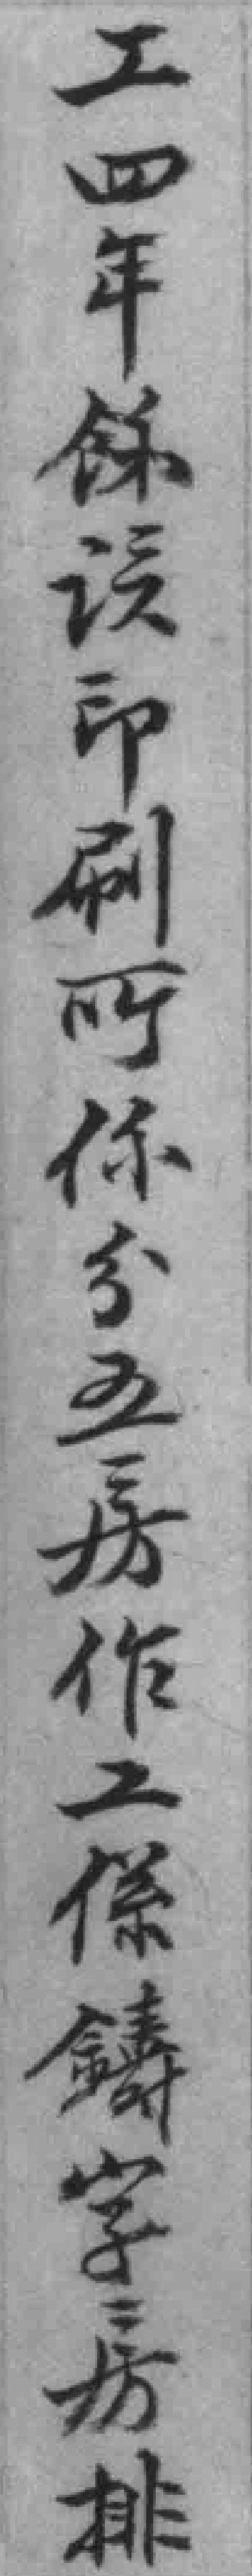
工四年餘*印刷所係